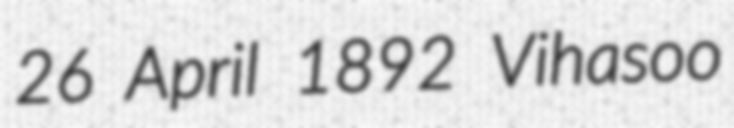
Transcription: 26 April 1892 Vihasoo